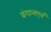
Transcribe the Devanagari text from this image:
बंगालएवं